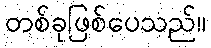
တစ်ခုဖြစ်ပေသည်။